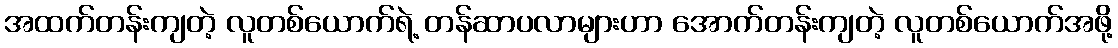
အထက်တန်းကျတဲ့ လူတစ်ယောက်ရဲ့ တန်ဆာပလာများဟာ အောက်တန်းကျတဲ့ လူတစ်ယောက်အဖို့